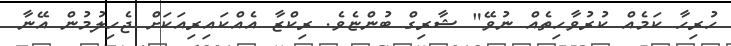
ހުރިހާ ކަމެއް ކުރުވާހިތެއް ނުވޭ" ޝާރިގް ބުންޏެވެ. ރިކްޒާ އެއްކައިރިއަކަށް ޖެހިލުމުން އޭނާ